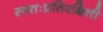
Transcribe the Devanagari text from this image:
स्वतःप्रतिरक्षिती